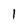
Character: 1